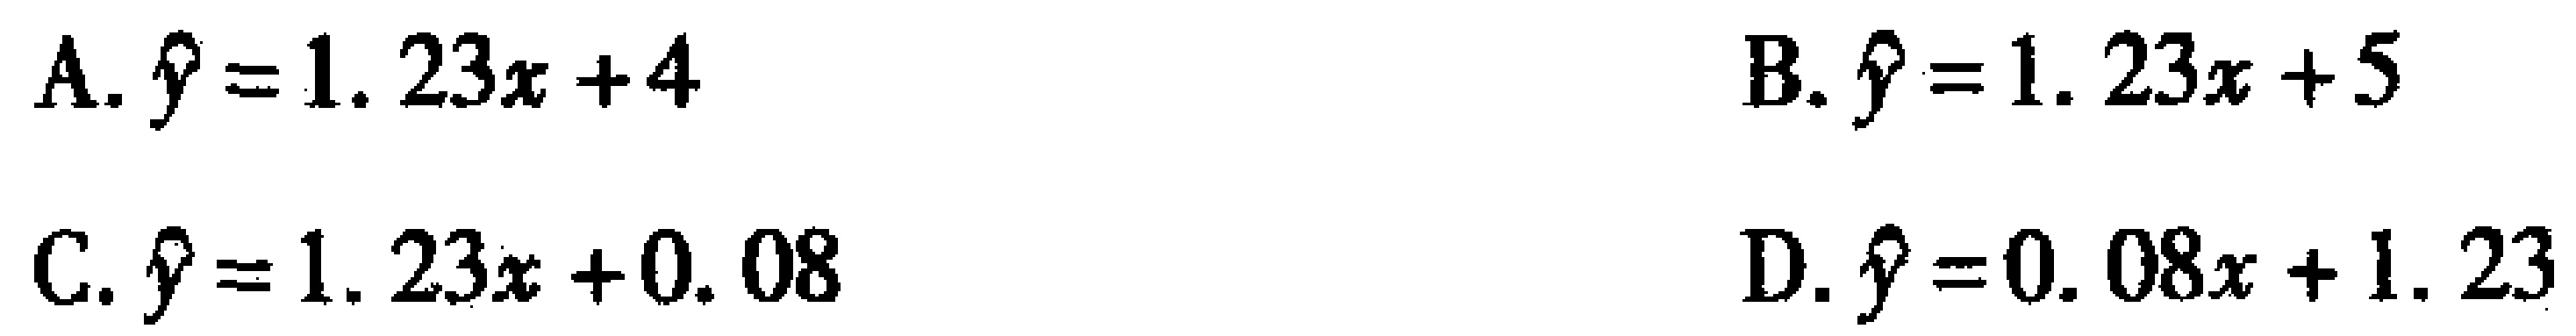
A. $\hat{y}=1.23x + 4$

B. $\hat{y}=1.23x + 5$

C. $\hat{y}=1.23x + 0.08$

D. $\hat{y}=0.08x + 1.23$